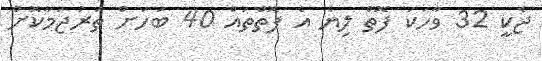
ޖެކީ 32 ވާހަކަ ފޮތް ލިޔެ އެ ފޮތްތައް 40 ބަހަށް ތަރުޖަމާކޮށް